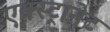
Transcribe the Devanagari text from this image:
एक्स्ट्रानेट